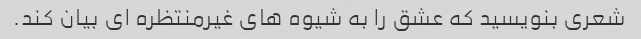
شعری بنویسید که عشق را به شیوه های غیرمنتظره ای بیان کند.